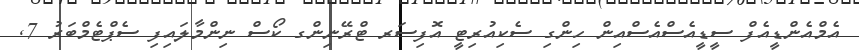
އެމްއެންޑީއެފް ސީޑީއެސްއެސްއިން ހިންގި ސެކިއުރިޓީ އޮފިސަރ ޓްރޭނިންގ ކޯސް ނިންމާލައިފި ސެޕްޓެމްބަރު 7